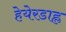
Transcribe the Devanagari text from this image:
हेयेरडाह्ल